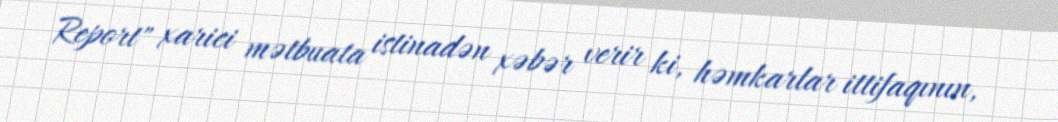
Report" xarici mətbuata istinadən xəbər verir ki, həmkarlar ittifaqının,